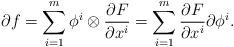
LaTeX: \begin{align*}\partial f = \sum_{i=1}^m \phi^i \otimes \frac{\partial F}{\partial x^i} = \sum_{i=1}^m \frac{\partial F}{\partial x^i} \partial \phi^i.\end{align*}